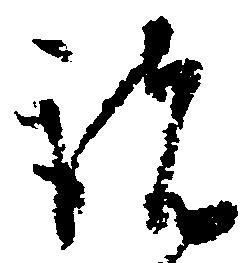
諸